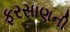
ફરસાણની